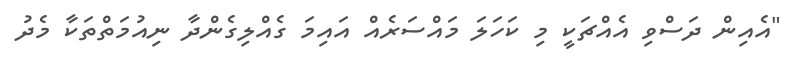
"އެއިން ދަސްވި އެއްޗަކީ މި ކަހަލަ މައްސަރެއް އައިމަ ގެއްލިގެންދާ ނިއުމަތްތަކާ މެދު